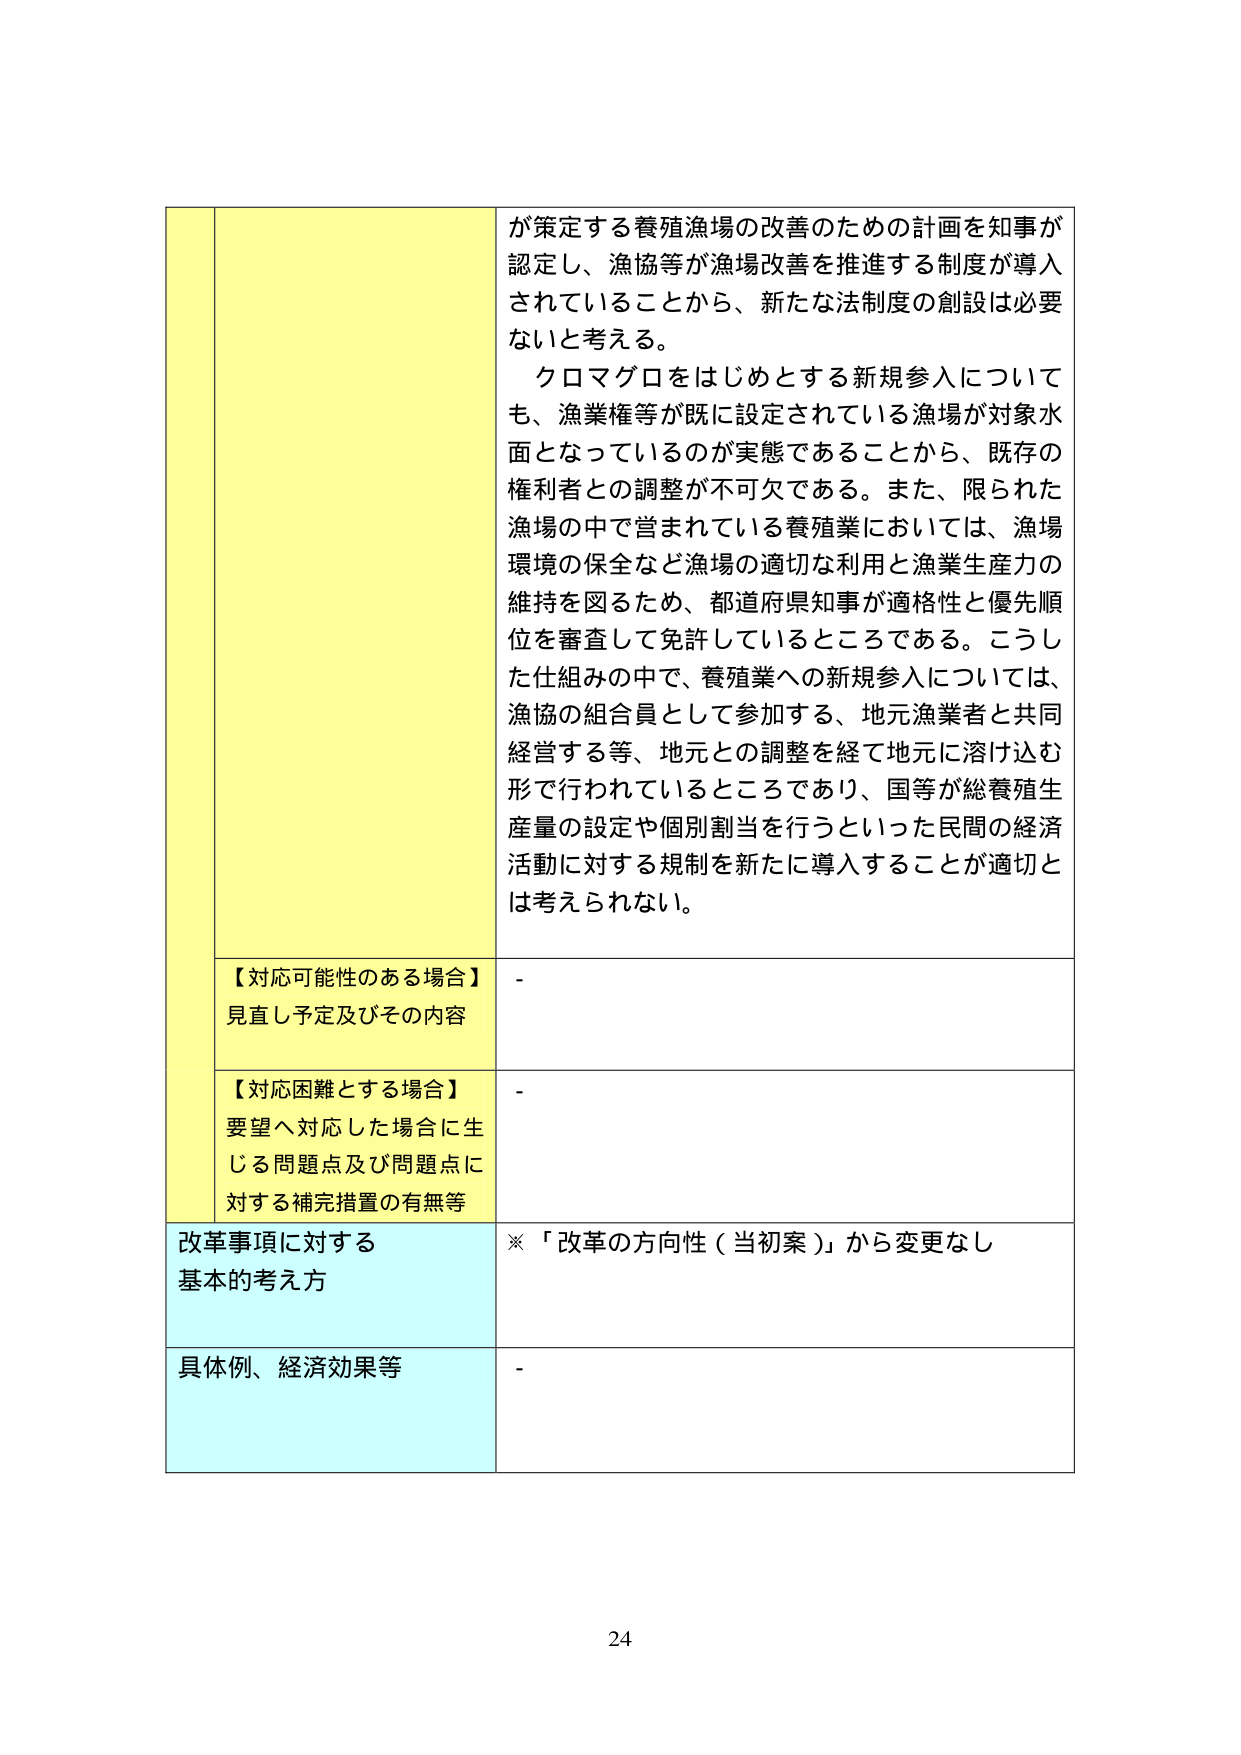
が策定する養殖漁場の改善のための計画を知事が認定し、漁協等が漁場改善を推進する制度が導入されていることから、新たな法制度の創設は必要ないと考える。

クロマグロをはじめとする新規参入についても、漁業権等が既に設定されている漁場が対象水面となっているのが実態であることから、既存の権利者との調整が不可欠である。また、限られた漁場の中で営まれている養殖業においては、漁場環境の保全など漁場の適切な利用と漁業生産力の維持を図るため、都道府県知事が適格性と優先順位を審査して免許しているところである。こうした仕組みの中で、養殖業への新規参入については、漁協の組合員として参加する、地元漁業者と共同経営する等、地元との調整を経て地元に溶け込む形で行われているところであり、国等が総養殖生産量の設定や個別割当を行うといった民間の経済活動に対する規制を新たに導入することが適切とは考えられない。

【対応可能性のある場合】
見直し予定及びその内容
-

【対応困難とする場合】
要望へ対応した場合に生じる問題点及び問題点に対する補完措置の有無等
-

改革事項に対する
基本的考え方
※「改革の方向性（当初案）」から変更なし

具体例、経済効果等
-

24